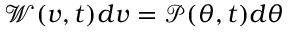
\mathcal { W } ( v , t ) d v = \mathcal { P } ( \theta , t ) d \theta